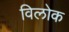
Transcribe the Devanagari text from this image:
विलोक